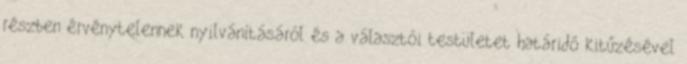
részben érvénytelennek nyilvánításáról és a választói testületet határidő kitűzésével